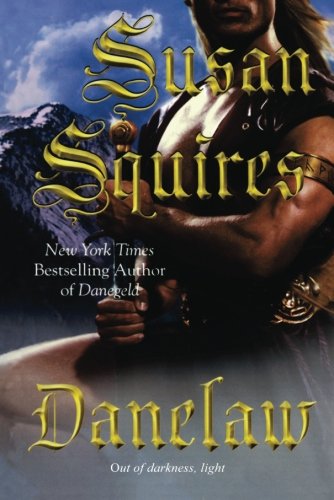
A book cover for Danelaw; Susan Squires; Romance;